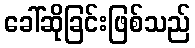
ခေါ်ဆိုခြင်းဖြစ်သည်